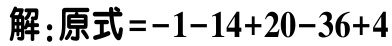
解：原式\(=-1 - 14 + 20 - 36 + 4\)